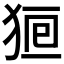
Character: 𤞸